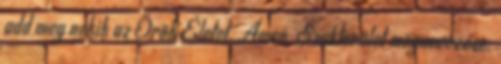
add meg nekik az Örök Életet. Ámen. Szakterület megnevezése: